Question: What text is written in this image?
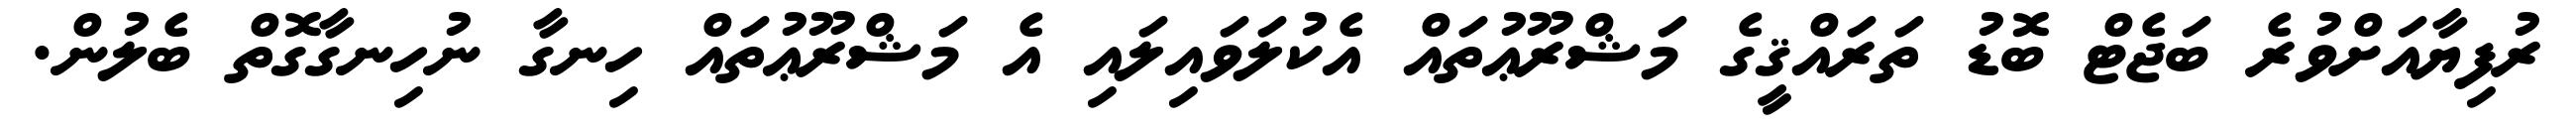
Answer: ރުފިޔާއަށްވުރެ ބަޖެޓް ބޮޑު ތަރައްޤީގެ މަޝްރޫޢުތައް އެކުލަވައިލައި އެ މަޝްރޫޢުތައް ހިނގާ ނުހިނގާގޮތް ބެލުން.